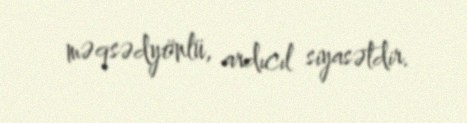
məqsədyönlü, ardıcıl siyasətdir.